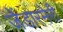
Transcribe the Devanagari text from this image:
जेंडारमेरी